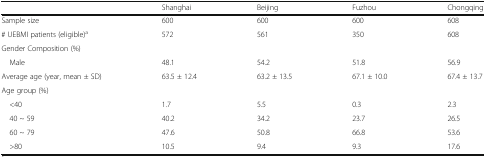
<table><thead><tr><td></td><td><b>Shanghai</b></td><td><b>Beijing</b></td><td><b>Fuzhou</b></td><td><b>Chongqing</b></td></tr></thead><tbody><tr><td>Sample size</td><td>600</td><td>600</td><td>600</td><td>608</td></tr><tr><td># UEBMI patients (eligible)<sup>a</sup></td><td>572</td><td>561</td><td>350</td><td>608</td></tr><tr><td colspan="5">Gender Composition (%)</td></tr><tr><td> Male</td><td>48.1</td><td>54.2</td><td>51.8</td><td>56.9</td></tr><tr><td>Average age (year, mean ± SD)</td><td>63.5 ± 12.4</td><td>63.2 ± 13.5</td><td>67.1 ± 10.0</td><td>67.4 ± 13.7</td></tr><tr><td colspan="5">Age group (%)</td></tr><tr><td> &lt;40</td><td>1.7</td><td>5.5</td><td>0.3</td><td>2.3</td></tr><tr><td> 40 ~ 59</td><td>40.2</td><td>34.2</td><td>23.7</td><td>26.5</td></tr><tr><td> 60 ~ 79</td><td>47.6</td><td>50.8</td><td>66.8</td><td>53.6</td></tr><tr><td> &gt;80</td><td>10.5</td><td>9.4</td><td>9.3</td><td>17.6</td></tr></tbody></table>